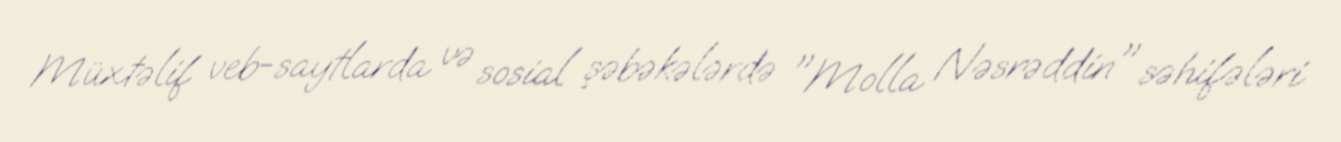
Müxtəlif veb-saytlarda və sosial şəbəkələrdə "Molla Nəsrəddin" səhifələri